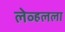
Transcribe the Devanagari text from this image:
लेव्हलला